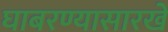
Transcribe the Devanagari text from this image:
घाबरण्यासारखे